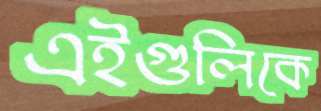
এইগুলিকে